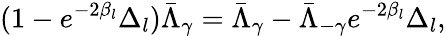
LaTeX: (1-e^{-2\beta_{l}}\Delta_{l})\bar{\Lambda}_{\gamma}=\bar{\Lambda}_{\gamma}-\bar{\Lambda}_{-\gamma}e^{-2\beta_{l}}\Delta_{l},